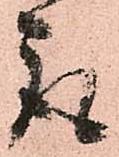
取